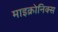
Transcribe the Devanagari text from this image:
माइक्रोनिक्स